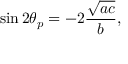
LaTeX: \sin 2 \theta _ { p } = - 2 { \frac { \sqrt { a c } } { b } } ,